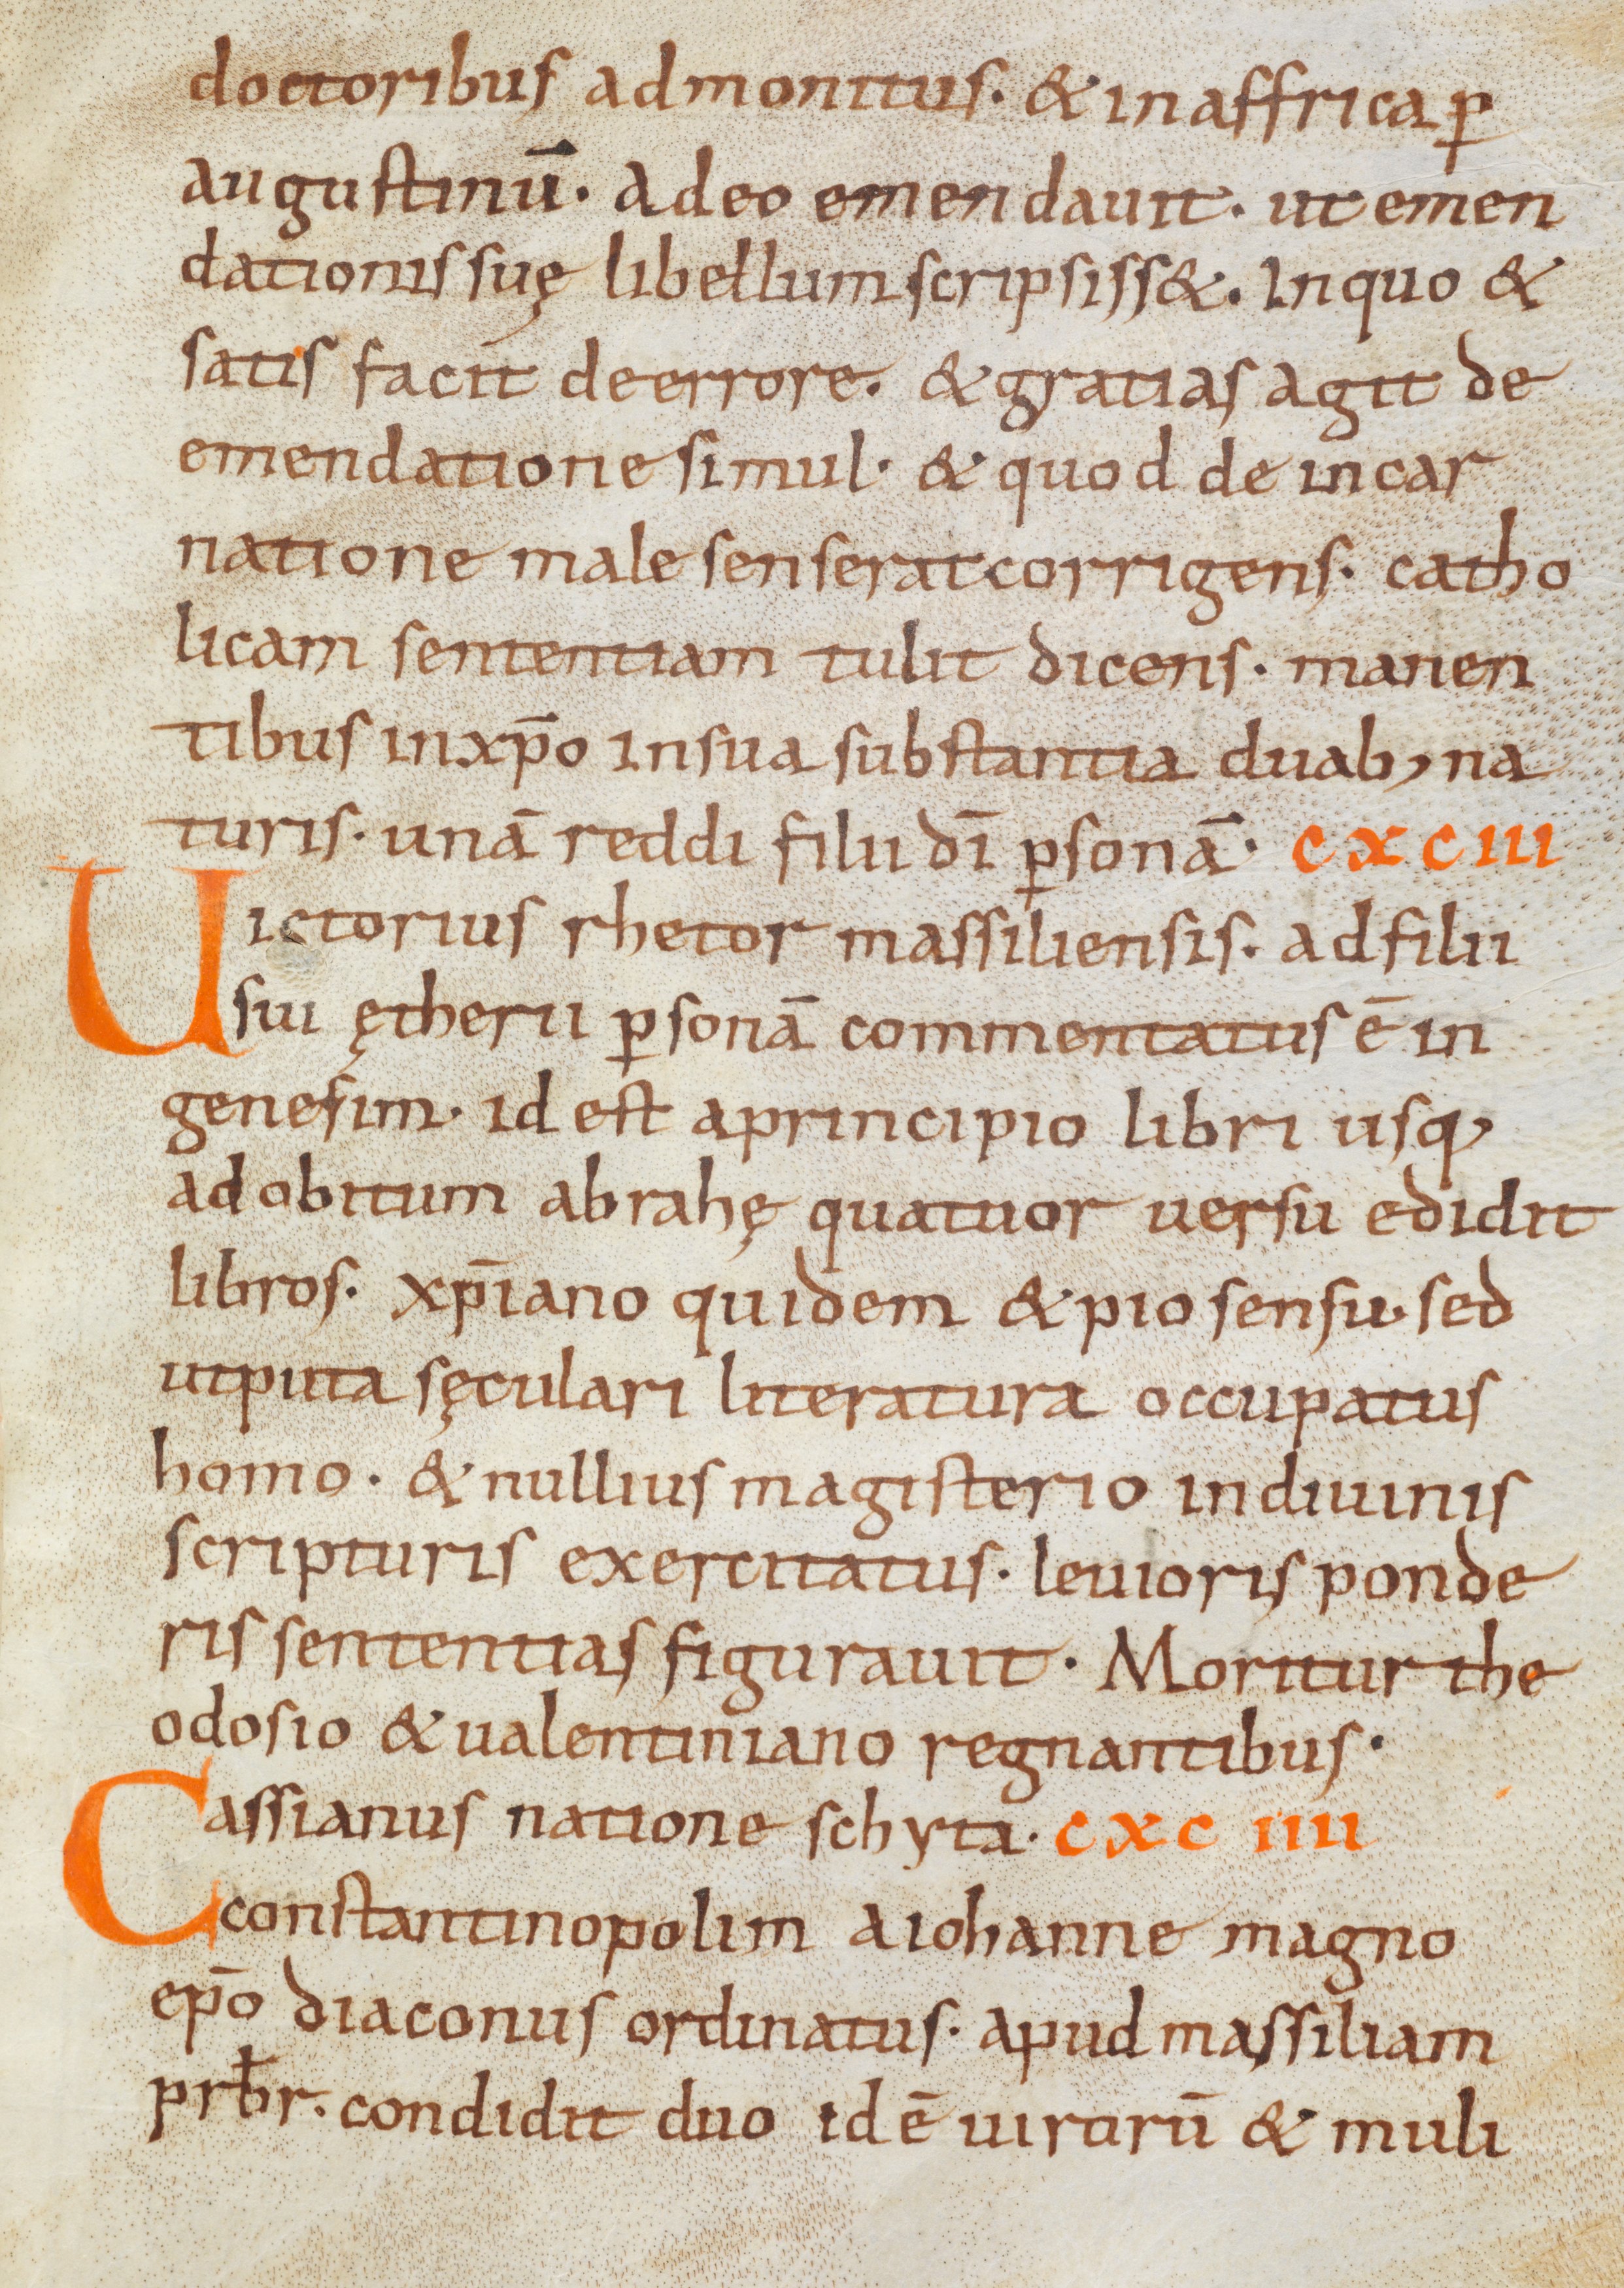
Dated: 900–1099